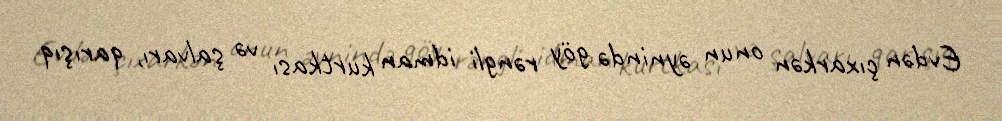
Evdən çıxarkən onun əynində göy rəngli idman kurtkası və şalvarı, qarışıq